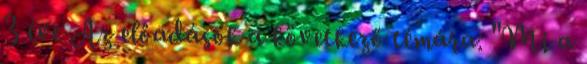
3 éve Az előadások a következő témára: "Mi a